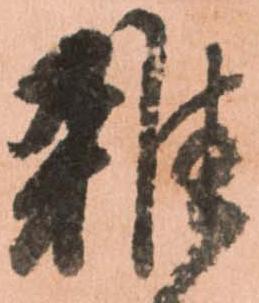
雑